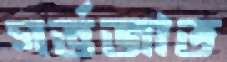
গর্ভজাত